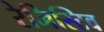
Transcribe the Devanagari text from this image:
रेजिस्टिव